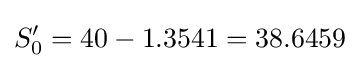
S_{0}'=40-1.3541=38.6459